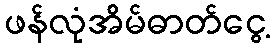
ဖန်လုံအိမ်ဓာတ်ငွေ့